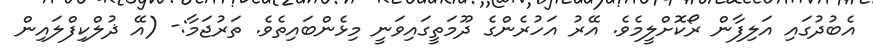
އެބުދުގައި އަލިފާން ރޯކޮށްލީމެވެ. އޭރު އަހުރެންގެ ދޫމަތީގައިވަނީ މިޅެންބައިތެވެ. ތަރުޖަމާ:- (އޭ ޛުލްކިފްލައިން